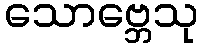
သောဗ္ဘေသု